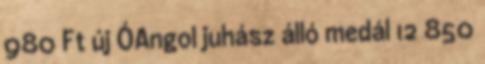
980 Ft új ÓAngol juhász álló medál 12 850